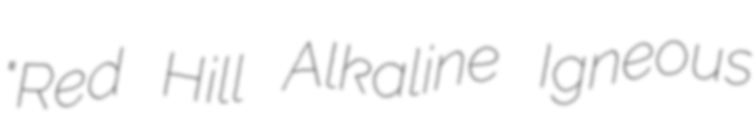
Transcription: "Red Hill Alkaline Igneous